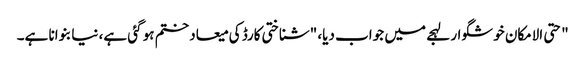
" حتی الامکان خوشگوار لہجے میں جواب دیا، "شناختی کارڈ کی میعاد ختم ہو گئی ہے، نیا بنوانا ہے۔